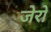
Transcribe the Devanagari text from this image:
जेरो